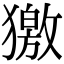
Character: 獥